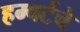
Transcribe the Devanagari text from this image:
हम्बर्टचे